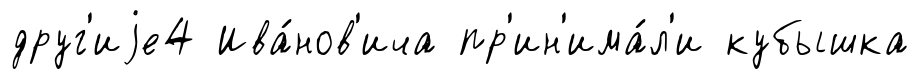
друг'иjе4 Ива́нов'ича пр'ин'има́л'и кубышка